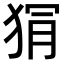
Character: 𭸏